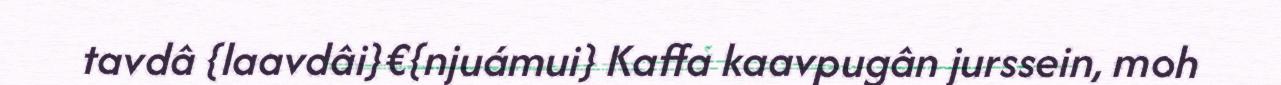
tavdâ {laavdâi}€{njuámui} Kaffa kaavpugân jurssein, moh